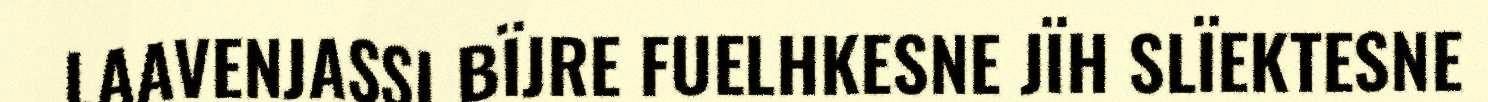
LAAVENJASSI BÏJRE FUELHKESNE JÏH SLÏEKTESNE